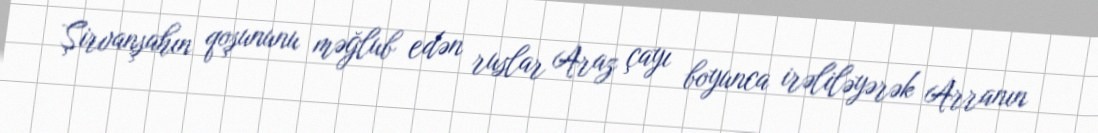
Şirvanşahın qoşununu məğlub edən ruslar Araz çayı boyunca irəliləyərək Arranın